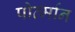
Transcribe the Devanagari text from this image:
पोर्त्मान